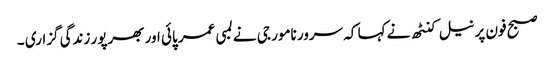
صبح فون پر نیل کنٹھ نے کہا کہ سرور نامور جی نے لمبی عمر پائی اور بھرپور زندگی گزاری ۔